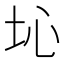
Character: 𡉾